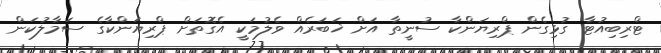
ޓްރިބިއުޓާ ގުޅިގެން ޕްރިޔަންކާ ސުނީތާ އަށް ޚަބަރެއް ވެލުމަކީ އެގޮތަށް ޕްރިޔަންކާގެ ސަމާލުކަން